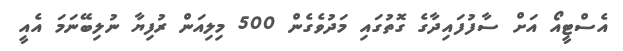
އެސްޓީއޯ އަށް ސާފުފައިދާގެ ގޮތުގައި މަދުވެގެން 500 މިލިއަން ރުފިޔާ ނުލިބޭނަމަ އެއީ